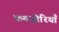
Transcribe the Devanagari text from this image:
कमज़ोरियाँ